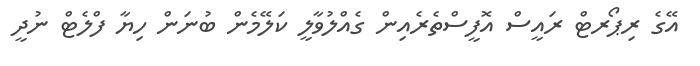
އޭގެ ރިޕޯރޓް ރައީސް އޮފީސްތެރެއިން ގެއްލުވާލީ ކަލޭމެން ބުނަން ހިޔާ ފްލެޓް ނުދީ